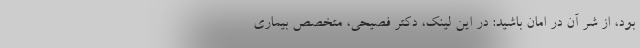
بود، از شر آن در امان باشید: در این لینک، دکتر فصیحی، متخصص بیماری